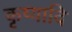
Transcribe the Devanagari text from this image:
कृष्यादि